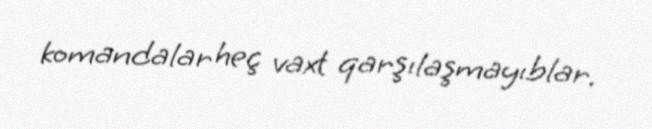
komandalar heç vaxt qarşılaşmayıblar.